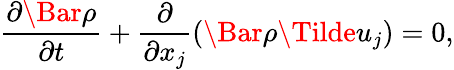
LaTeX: \frac{\partial\Bar{\rho}}{\partial t}+\frac{\partial}{\partial x_{j}}(\Bar{\rho}\Tilde{u}_{j})=0,